Report on vaccination in the Province of Bengal - 1874-1889
Year: 1874
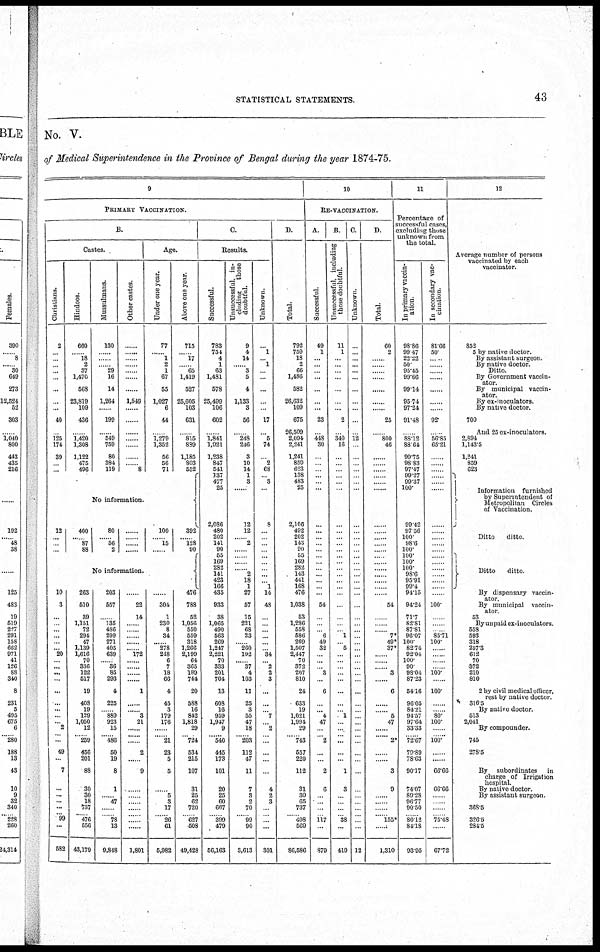
STATISTICAL STATEMENTS.
43
No. V.
of Medical Superintendence in the Province of Bengal during the year 1874-75.
9
PRIMARY VACCINATION.
B.
Castes.
Christians.
2
...
...
......
......
...
...
...
...
40
...
125
174
39
... ...
Hindoos.
660
... 18
2
37
1,470
568
23,819
109
436
......
1,420
1,308
1,122
475
496
Mussulmans.
130
......
......
...... 29
16
14
1,264
......
199
...
549
759
80
384
119
Other castes.
......
......
...
...
.....
......
....
1,549
......
......
......
......
......
......
...... 8
Age.
Under one year.
77
1
2
1
67
55
1,027
6
44
...
1,279
1,352
56
56
71
Above one year.
715
... 17
...... 65
1,419
527
25,605
103
631
......
815
889
1,185
803
552
No information
12
...... ......
...
400
...... 87
88
80
...... 56
2
......
...... ....
......
100
...... 15
...
392
...... 128
90
No information.
10
3
...
...
... ...
...
... 20
... ...
...
...
...
...
... ...
... 2
...
...
49
...
7
...
...
... ...
...... 99
...
582
263
510
39
1,151
72
294
47
1,139
1,616
70
336
122
517
19
408
19
129
1,050
12
... 259
456
201
88
30
30
18
737
...... 476
556
43,179
203
557
... 135
486
299
271
405
639
... 36
85
293
4
225
... 889
923
15
.... 486
50
19
8
1
...... 47
......
...... 78
13
9,848
......
22
14
......
....
......
......
...... 172
......
......
......
....
1
......
...... 3
21
......
......
......
2
...
9
......
......
...... ......
...... ......
......
1,801
......
304
1
230
8
34
...... 278
248
6
7
18
66
4
45
3
179
176
......
...... 21
23
5
5
...... 5
3
17
... 26
61
5,982
476
788
52
1,056
550
559
318
1,266
2,199
64
365
189
744
20
588
16
842
1,818
29
... 724
534
215
107
31
25
62
720
... 627
508
49,428
C.
Results.
Successful.
783
754
4
1
63
1,481
578
25,499
106
602
......
1,841
1,921
1,238
847
541
137
477
25
......
2,086
480
202
141
90
55
169
282
141
423
166
435
933
38
1,065
490
563
269
1,247
2,221
70
333
201
704
13
608
16
959
1,947
9
...... 540
445
173
101
20
25
60
667
...... 399
479
56,163
Unsuccessful, in-
cluding
those
doubtful.
9
4
14
...... 3
5
4
1,133
3
56
...
248
246
3
10
14
1
3
......
...
12
12
...... 2
...... ......
...
...... 2
18
1
27
57
15
221
68
23
... 260
192
... 37
4
103
11
25
3
55
47
18
... 203
112
47
11
7
3
2
70
...... 99
90
3,613
Unknown.
...
1
... 1
...
...
...
...
...
17
...
5
74
...
2
68
... 3
...
...
8
...
... ...
... ...
...
...
...
... 1
14
48
...
...
...
...
...
... 34
... 2
2
3
...
...
... 7
... 2
...
...
...
...
...
4
2
3
...
... ...
...
301
D.
Total.
792
759
18
2
66
1,486
582
26,632
109
675
26,509
2,094
2,241
1,241
859
623
138
483
25
...
2,106
492
202
143
90
55
169
282
143
441
168
476
1,038
53
1,286
558
586
269
1,507
2,447
70
372
207
810
24
633
19
1,021
1,994
29
... 743
557
220
112
31
30
65
737
... 498
569
86,586
10
RE-VACCINATION.
A.
Successful.
49
1
...
...
...
...
...
...
...
23
...
448
30
...
...
...
...
...
...
...
...
...
... ...
... ...
...
...
...
...
...
...
54
...
...
... 6
49
32
...
...
... 3
...
6
...
... 4
47
...
... 2
...
...
2
6
... ... ...
...... 117
...
879
B.
Unsuccessful, including
those doubtful.
11
1
...
...
...
...
...
...
...
2
...
340
16
...
...
...
...
...
...
...
...
...
... ...
... ...
...
...
...
...
...
...
...
...
...
... 1
... 5
...
...
...
.....
...
...
...
... 1
...
...
... ...
...
...
1
3
...
... ...
... 38
...
419
C.
Unknown.
...
...
...
...
...
...
...
...
...
...
...
12
...
...
...
...
...
...
...
...
...
...
... ...
... ...
...
...
...
...
...
...
...
...
...
...
...
...
...
...
...
...
...
...
...
...
...
...
...
...
...
...
...
...
...
...
...
... ...
... ...
...
12
D.
Total.
60
2
......
......
....
...
...
...
...
25
...
800
46
...
...
...
...
...
...
...
...
...
... ...
... ...
...
...
...
...
...
54
... ...
...
7*
49*
37*
......
.....
..... 3
6
...
...
5
47
......
...
2*
...
...
3
9
...
...... ......
...... 155*
...
1,310
11
Percentage of
successful cases,
excluding those
unknown from
the total.
In primary vaccin-
ation.
98.86
99.47
22.22
50
95.45
99.66
99.14
95.74
97.24
91.48
...
88.12
88.64
99.75
98.83
97.47
99.27
99.37
100.
...
99.42
97.36
100.
98.6
100.
100.
100.
100.
98.6
95.91
99.4
94.15
94.24
71.7
82.81
87.81
96.07
100.
82.74
92.04
100.
90.
98.04
87.23
54.16
96.05
84.21
94.57
97.64
33.33
..... 72.67
79.89
78.63
90.17
74.07
89.28
96.77
90.50
... 80.12
84.18
93.95
In secondary vac-
cination.
81.66
50
......
.....
......
......
......
......
......
92.
...
56.85
65.21
...
...
...
...
...
...
...
...
...
... ...
... ...
...
...
...
...
...
...
100
...
...
... 85.71
100.
......
......
.....
...... 100.
...
100.
.....
.... 80.
100.
... ...
100.
...
....
66.66
66.66
...
... ...
... 75.48
....
67.72
12
Average number of persons
vaccinated by each
vaccinator.
852
5 by native doctor
Ditto.
By Government vaccin-
ator.
By municipal vaccin¬
By ex-inoculators.
By native doctor.
700
And 25 ex-inoculators.
2,894
1,143.5
1,241
859
623
Information furnished
Ditto
ditto.
Ditto
ditto
By dispensary vaccin-
ator.
By municipal vaccin-
ator.
53
By unpaid ex-inoculators.
558
593
318
257.3
612
70
372
210
810
2 by civil medical officer,
rest by native doctor
316.5
By native doctor
513
2,041
By compounder.
... 745
278.5
...
By subordinates in
charge of Irrigation
hospital.
By native doctor.
By assistant surgeon.
368.5
326.5
284.5